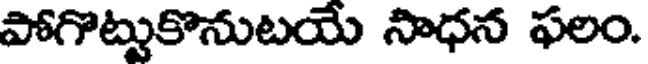
పోగొట్టుకొనుటయే సాధన ఫలం.